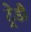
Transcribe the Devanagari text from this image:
ट्रेडी